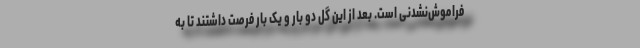
فراموش‌نشدنی است. بعد از این گل دو بار و یک بار فرصت داشتند تا به